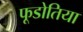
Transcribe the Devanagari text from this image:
फूडोतिया